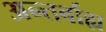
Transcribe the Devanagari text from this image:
अन्तर्बाह्य